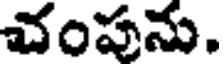
చంపను.